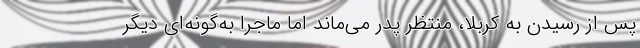
پس از رسیدن به کربلا، منتظر پدر می‌ماند اما ماجرا به‌گونه‌ای دیگر